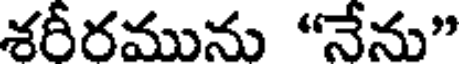
శరీరమును "నేను"